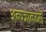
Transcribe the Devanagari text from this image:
अन्यजानवरों